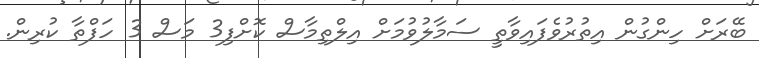
ބޭރަށް ހިންގުން އިތުރުވެފައިވާތީ ސަމާލުވުމަށް އިލްތިމާސް ކޮށްފި3 މަސް 3 ހަފްތާ ކުރިން.